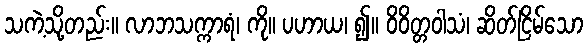
သကဲ့သို့တည်း။ လာဘသက္ကာရံ၊ ကို။ ပဟာယ၊ ၍။ ဝိဝိတ္တဝါသံ၊ ဆိတ်ငြိမ်သော